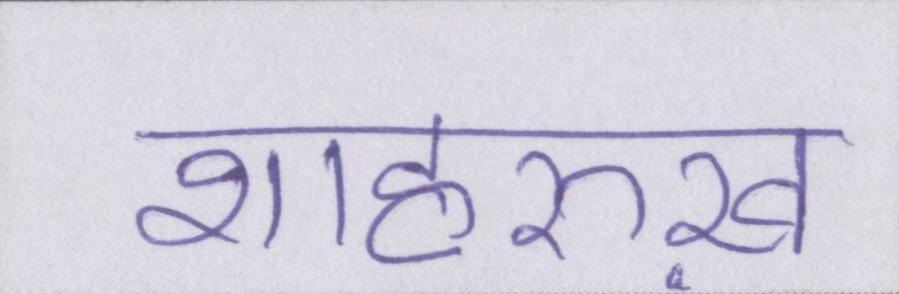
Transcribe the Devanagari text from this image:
शाहरुख़